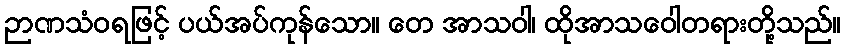
ဉာဏသံဝရဖြင့် ပယ်အပ်ကုန်သော။ တေ အာသဝါ၊ ထိုအာသဝေါတရားတို့သည်။